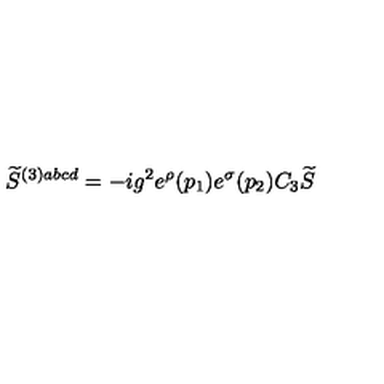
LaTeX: \widetilde { S } ^ { ( 3 ) a b c d } = - i g ^ { 2 } e ^ { \rho } ( p _ { 1 } ) e ^ { \sigma } ( p _ { 2 } ) C _ { 3 } \widetilde { S }